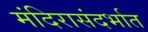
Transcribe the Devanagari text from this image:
मंदिरासंदर्भात